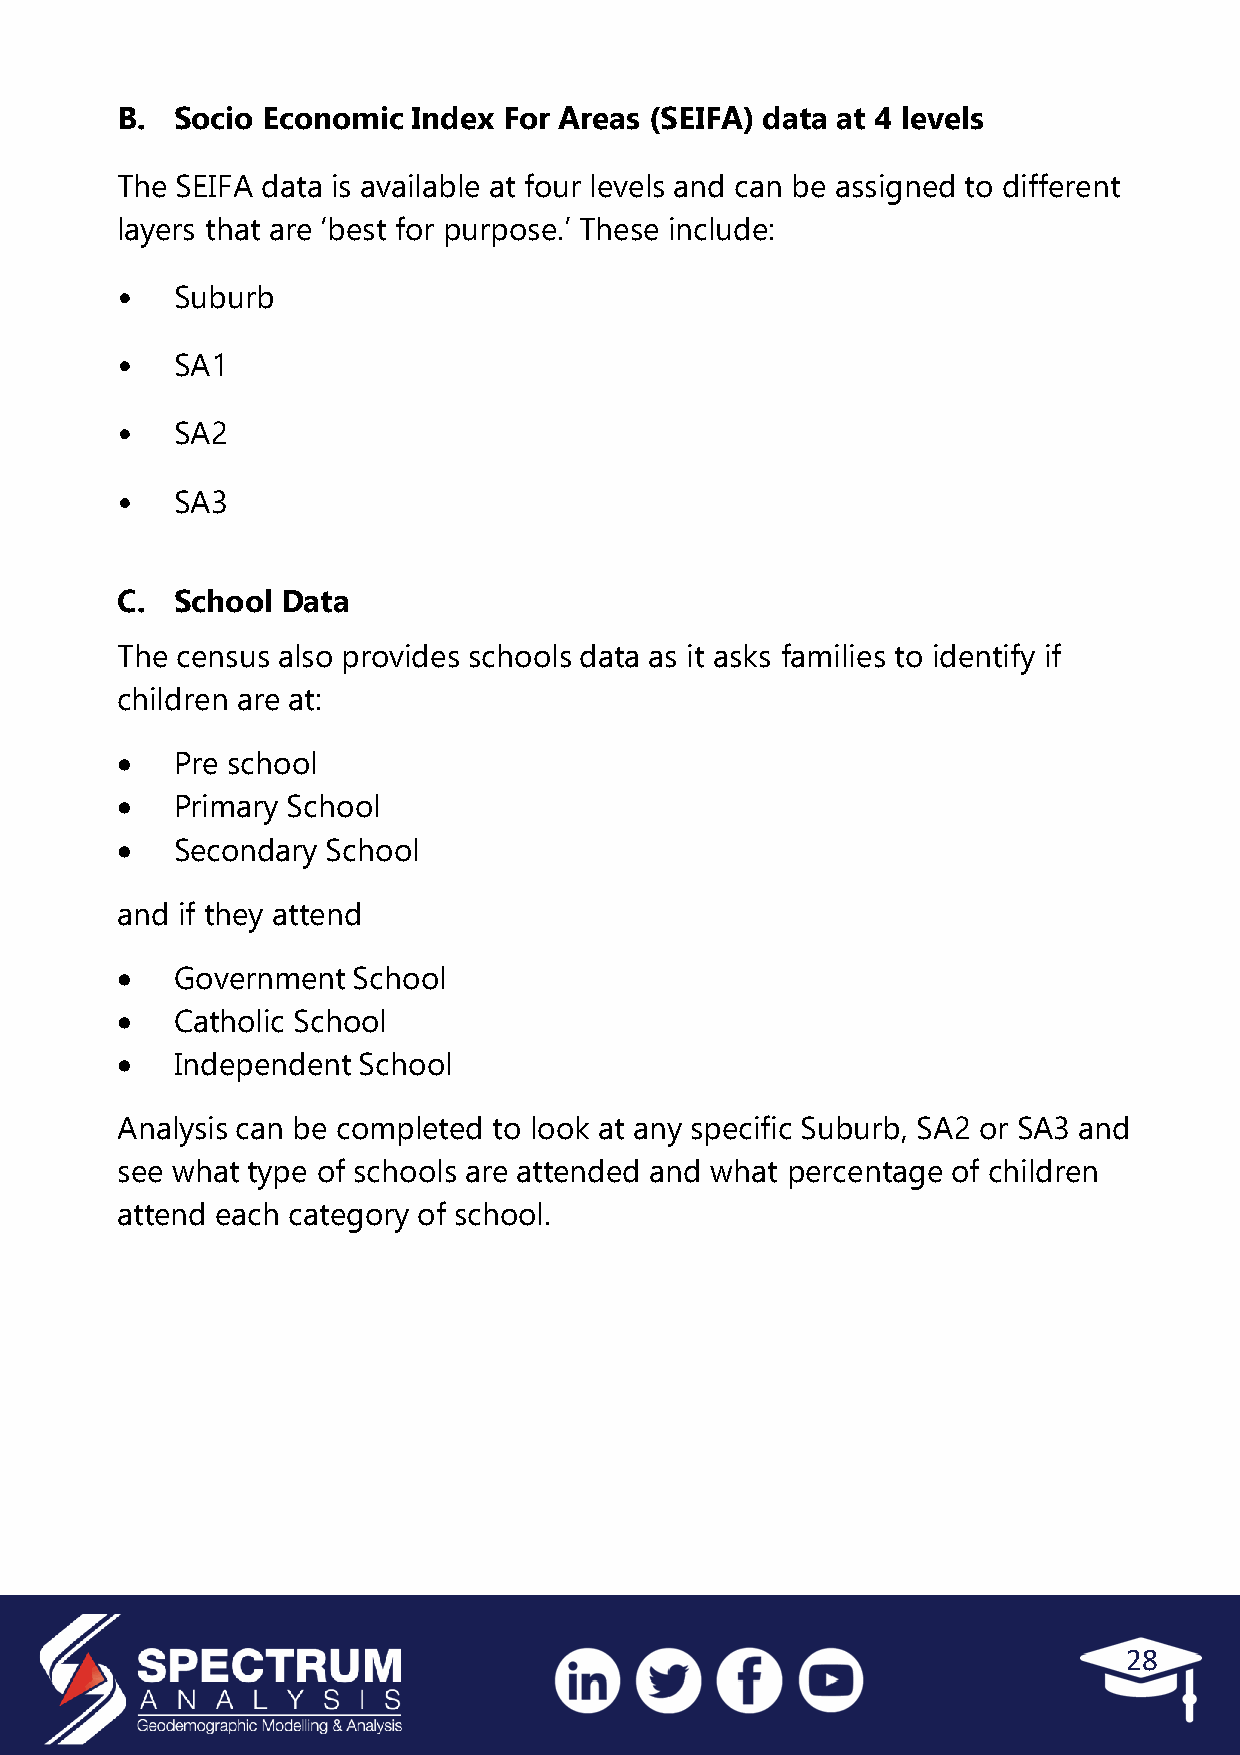
B.  Socio Economic Index For Areas (SEIFA) data at 4 levels
 The SEIFA data is available at four levels and can be assigned to different
 layers that are ‘best for purpose.’ These include:
 •   Suburb
 •   SA1
 •   SA2
 •   SA3
 C.  School Data
 The census also provides schools data as it asks families to identify if
 children are at:
    Pre school
    Primary School
    Secondary School
 and if they attend
    Government School
    Catholic School
    Independent School
 Analysis can be completed to look at any specific Suburb, SA2 or SA3 and
 see what type of schools are attended and what percentage of children
 attend each category of school.
 28